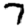
Digit: 7